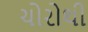
ચોરોથી